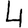
Digit: 4